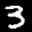
Label: 3